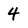
Character: 4